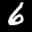
Label: 6